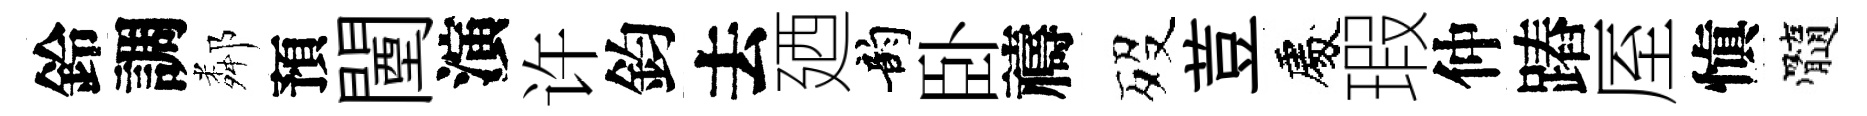
鈴調鄰預闉演许鈞去廼韵卧禱歿荳處瑕仲蹖厔愼髓